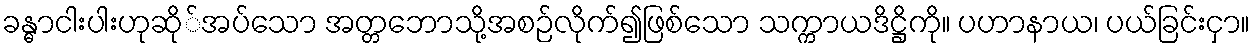
ခန္ဓာငါးပါးဟုဆို်အပ်သော အတ္တဘောသို့အစဉ်လိုက်၍ဖြစ်သော သက္ကာယဒိဋ္ဌိကို။ ပဟာနာယ၊ ပယ်ခြင်းငှာ။